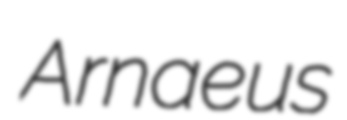
Arnaeus